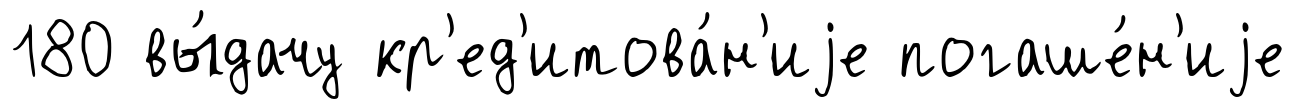
180 вы́дачу кр'ед'итова́н'иjе погаше́н'иjе